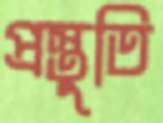
প্রস্তুতি